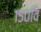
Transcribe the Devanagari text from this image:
१५०वि